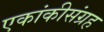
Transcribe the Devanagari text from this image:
एकांकीसंग्रह